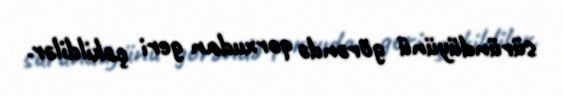
süründüyünü görəndə qorxudan geri çəkildilər.